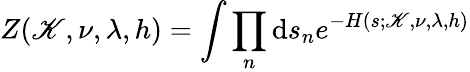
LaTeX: Z(\mathscr{K},\nu,\lambda,h)=\int\prod_{n}\mathrm{d}s_{n}e^{-H(s;\mathscr{K},\nu,\lambda,h)}